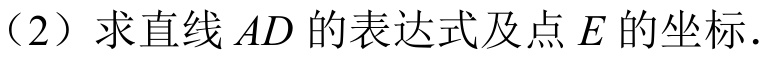
（2）求直线 \(AD\) 的表达式及点 \(E\) 的坐标.